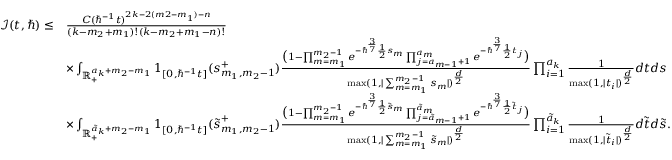
\begin{array} { r l } { \mathcal { I } ( t , \hbar ) \leq } & { \frac { C ( \hbar ^ { - 1 } t ) ^ { 2 k - 2 ( m 2 - m _ { 1 } ) - n } } { ( k - m _ { 2 } + m _ { 1 } ) ! ( k - m _ { 2 } + m _ { 1 } - n ) ! } } \\ & { \times \int _ { \mathbb { R } _ { + } ^ { a _ { k } + m _ { 2 } - m _ { 1 } } } \boldsymbol { 1 } _ { [ 0 , \hbar ^ { - 1 } t ] } ( \boldsymbol { s } _ { m _ { 1 } , m _ { 2 } - 1 } ^ { + } ) \frac { \big ( 1 - \prod _ { m = m _ { 1 } } ^ { m _ { 2 } - 1 } e ^ { - \hbar ^ { \frac { 3 } { 7 } } \frac { 1 } { 2 } s _ { m } } \prod _ { j = a _ { m - 1 } + 1 } ^ { a _ { m } } e ^ { - \hbar ^ { \frac { 3 } { 7 } } \frac { 1 } { 2 } t _ { j } } \big ) } { \operatorname* { m a x } ( 1 , | \sum _ { m = m _ { 1 } } ^ { m _ { 2 } - 1 } s _ { m } | ) ^ { \frac { d } { 2 } } } \prod _ { i = 1 } ^ { a _ { k } } \frac { 1 } { \operatorname* { m a x } ( 1 , | t _ { i } | ) ^ { \frac { d } { 2 } } } d \boldsymbol { t } d \boldsymbol { s } } \\ & { \times \int _ { \mathbb { R } _ { + } ^ { \tilde { a } _ { k } + m _ { 2 } - m _ { 1 } } } \boldsymbol { 1 } _ { [ 0 , \hbar ^ { - 1 } t ] } ( \boldsymbol { \tilde { s } } _ { m _ { 1 } , m _ { 2 } - 1 } ^ { + } ) \frac { \big ( 1 - \prod _ { m = m _ { 1 } } ^ { m _ { 2 } - 1 } e ^ { - \hbar ^ { \frac { 3 } { 7 } } \frac { 1 } { 2 } \tilde { s } _ { m } } \prod _ { j = \tilde { a } _ { m - 1 } + 1 } ^ { \tilde { a } _ { m } } e ^ { - \hbar ^ { \frac { 3 } { 7 } } \frac { 1 } { 2 } \tilde { t } _ { j } } \big ) } { \operatorname* { m a x } ( 1 , | \sum _ { m = m _ { 1 } } ^ { m _ { 2 } - 1 } \tilde { s } _ { m } | ) ^ { \frac { d } { 2 } } } \prod _ { i = 1 } ^ { \tilde { a } _ { k } } \frac { 1 } { \operatorname* { m a x } ( 1 , | \tilde { t } _ { i } | ) ^ { \frac { d } { 2 } } } d \boldsymbol { \tilde { t } } d \boldsymbol { \tilde { s } } . } \end{array}